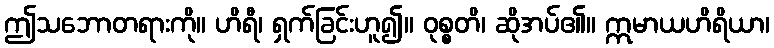
ဤသဘောတရားကို။ ဟိရီ၊ ရှက်ခြင်းဟူ၍။ ဝုစ္စတိ၊ ဆိုအပ်၏။ ဣမာယဟိရိယာ၊